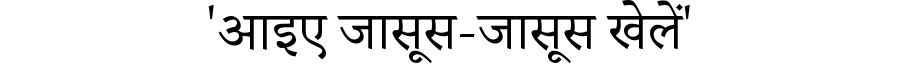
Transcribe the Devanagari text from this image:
'आइए जासूस-जासूस खेलें'